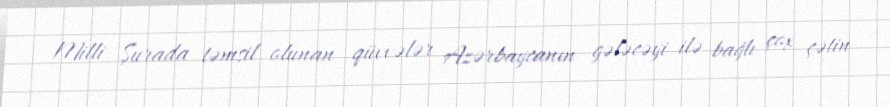
Milli Şurada təmsil olunan qüvvələr Azərbaycanın gələcəyi ilə bağlı çox çətin